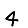
Digit: 4